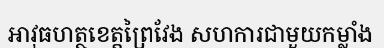
អាវុធហត្ថខេត្តព្រៃវែង សហការជាមួយកម្លាំង